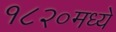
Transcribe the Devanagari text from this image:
१८२०मध्ये